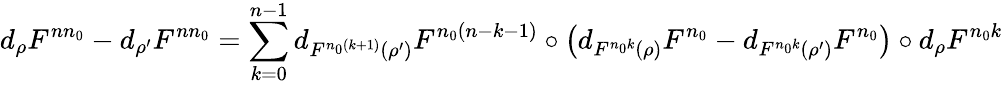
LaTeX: d_{\rho}F^{nn_{0}}-d_{\rho^{\prime}}F^{nn_{0}}=\sum_{k=0}^{n-1}d_{F^{n_{0}(k+1)}(\rho^{\prime})}F^{n_{0}(n-k-1)}\circ\left(d_{F^{n_{0}k}(\rho)}F^{n_{0}}-d_{F^{n_{0}k}(\rho^{\prime})}F^{n_{0}}\right)\circ d_{\rho}F^{n_{0}k}